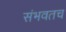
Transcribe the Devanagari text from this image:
संभवतच